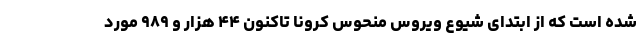
شده است که از ابتدای شیوع ویروس منحوس کرونا تاکنون ۴۴ هزار و ۹۸۹ مورد